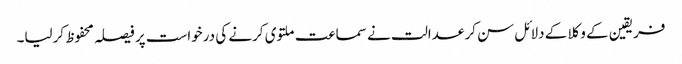
فریقین کے وکلا کے دلائل سن کر عدالت نے سماعت ملتوی کرنے کی درخواست پر فیصلہ محفوظ کرلیا۔